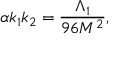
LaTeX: \alpha k _ { 1 } k _ { 2 } = \frac { \Lambda _ { 1 } } { 9 6 M ^ { 2 } } ,